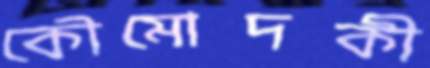
কৌমোদকী